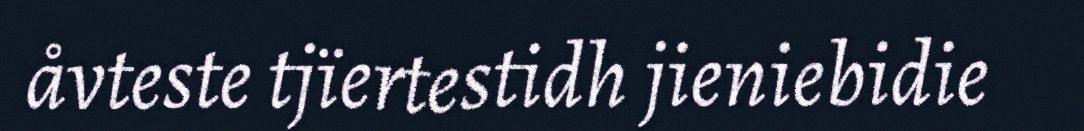
åvteste tjïertestidh jieniebidie